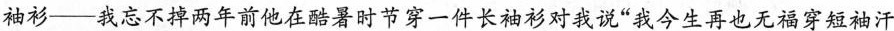
袖衫—我忘不掉两年前他在酷暑时节穿一件长袖衫对我说”我今生再也无福穿短袖汗